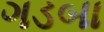
ગડબા